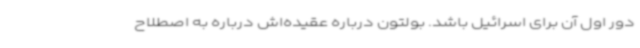
دور اول آن برای اسرائیل باشد. بولتون درباره عقیده‌اش درباره به اصطلاح